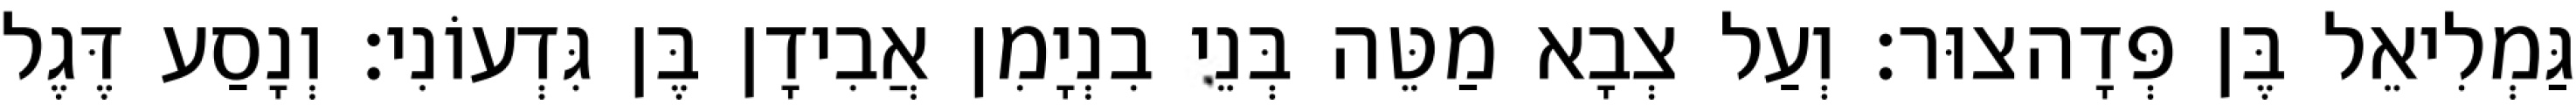
גַּמְלִיאֵל בֶּן פְּדָהצוּר׃ וְעַל צְבָא מַטֵּה בְּנֵי בִנְיָמִן אֲבִידָן בֶּן גִּדְעוֹנִי׃ וְנָסַע דֶּגֶל